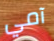
آمي